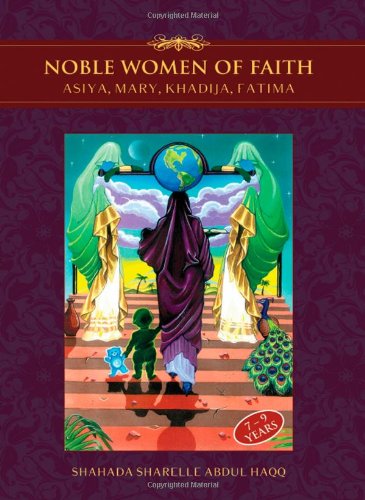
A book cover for Noble Women of Faith: Asiya, Mary, Khadija, Fatima; Shahada Sharelle Haqq; Children's Books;